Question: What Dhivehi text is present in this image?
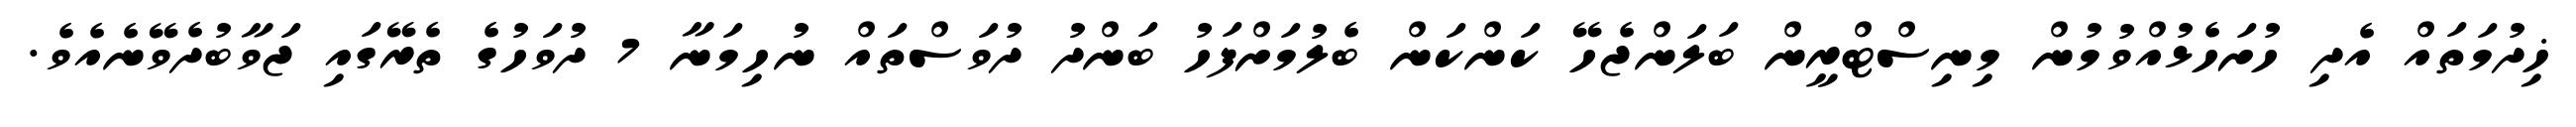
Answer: ޚިދުމަތައް އެދި ހުށަހެޅުއްވުމުން މިނިސްޓްރީން ބަލަންޖެހޭ ކަންކަން ބެލުމަށްފަހު ބަންދު ދުވަސްތައް ނުހިމަނާ 7 ދުވަހުގެ ތެރޭގައި ޖަވާބުދެވޭނެއެވެ.